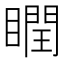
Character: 瞤